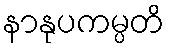
နာနုပကမ္ပတိ